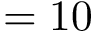
= 1 0